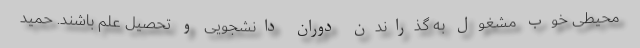
محیطی خوب مشغول به گذراندن دوران دانشجویی و تحصیل علم باشند. حمید